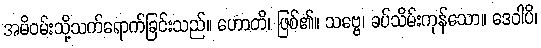
အမိဝမ်းသို့သက်ရောက်ခြင်းသည်။ ဟောတိ၊ ဖြစ်၏။ သဗ္ဗေ၊ ခပ်သိမ်းကုန်သော။ ဒေဝါပိ၊